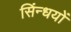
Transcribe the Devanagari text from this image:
सिंन्धयों